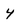
Character: 4